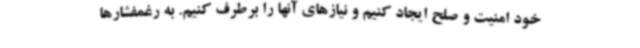
خود امنیت و صلح ایجاد کنیم و نیازهای آنها را برطرف کنیم. به رغمفشارها